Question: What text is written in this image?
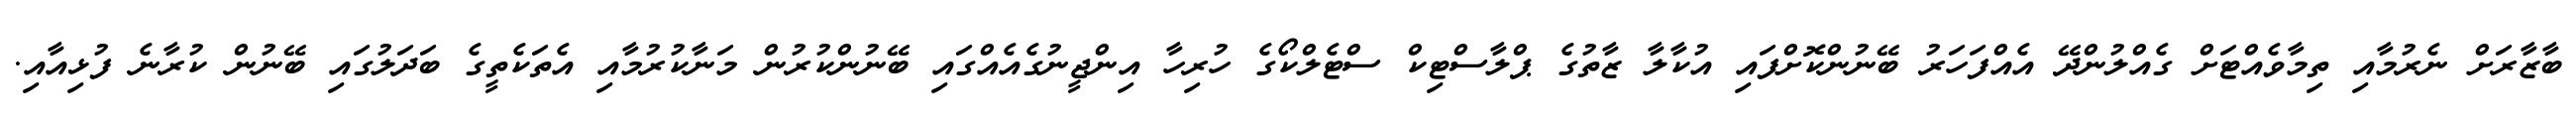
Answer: ބާޒާރަށް ނެރުމާއި ތިމާވެއްޓަށް ގެއްލުންދޭ އެއްފަހަރު ބޭނުންކޮށްފައި އުކާލާ ޒާތުގެ ޕްލާސްޓިކް ސްޓެލްކޯގެ ހުރިހާ އިންޖީނުގެއެއްގައި ބޭނުންކުރުން މަނާކުރުމާއި އެތަކެތީގެ ބަދަލުގައި ބޭނުން ކުރާނެ ފުޅިއާއި.